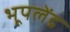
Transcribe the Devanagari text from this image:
भूपलेंद्र